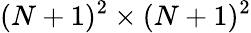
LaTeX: (N+1)^{2}\times(N+1)^{2}